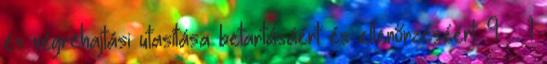
és végrehajtási utasítása betartásáért és ellenőrzéséért. 9. § 1